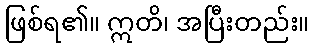
ဖြစ်ရ၏။ ဣတိ၊ အပြီးတည်း။